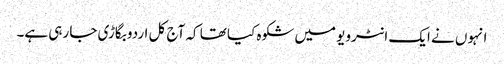
انہوں نے ایک انٹرویو میں شکوہ کیا تھا کہ آج کل اردو بگاڑی جا رہی ہے۔